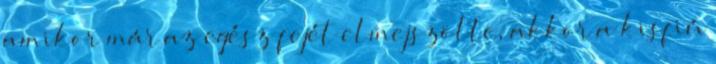
amikor már az egész fejét elmejszölte, akkor a kisfiú